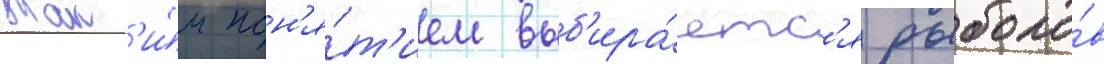
Так'и́м пон'я́т'ием выб'ира́етс'я рыболо́в